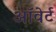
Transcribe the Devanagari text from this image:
ऑवेर्ट